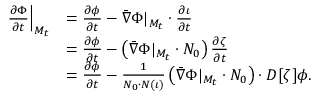
\begin{array} { r l } { \left. \frac { \partial \Phi } { \partial t } \right| _ { M _ { t } } } & { = \frac { \partial \phi } { \partial t } - \bar { \nabla } \Phi | _ { M _ { t } } \cdot \frac { \partial \iota } { \partial t } } \\ & { = \frac { \partial \phi } { \partial t } - \left( \bar { \nabla } \Phi | _ { M _ { t } } \cdot N _ { 0 } \right) \frac { \partial \zeta } { \partial t } } \\ & { = \frac { \partial \phi } { \partial t } - \frac { 1 } { N _ { 0 } \cdot N ( \iota ) } \left( \bar { \nabla } \Phi | _ { M _ { t } } \cdot N _ { 0 } \right) \cdot D [ \zeta ] \phi . } \end{array}